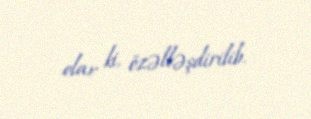
olar ki, özəlləşdirilib.